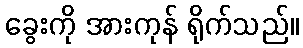
ခွေးကို အားကုန် ရိုက်သည်။